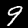
Label: 9